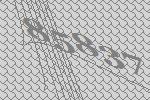
85837